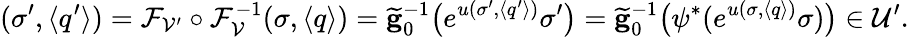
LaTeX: (\sigma^{\prime},\langle q^{\prime}\rangle)=\mathcal{F}_{\cal{V}^{\prime}}\circ\mathcal{F}_{\cal{V}}^{-1}(\sigma,\langle q\rangle)=\widetilde{\mathbf{g}}_{0}^{-1}\big(e^{u(\sigma^{\prime},\langle q^{\prime}\rangle)}\sigma^{\prime}\big)=\widetilde{\mathbf{g}}_{0}^{-1}\big(\psi^{*}(e^{u(\sigma,\langle q\rangle)}\sigma)\big)\in\mathcal{U}^{\prime}.